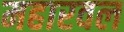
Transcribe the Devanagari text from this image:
महारवल